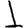
Digit: 1